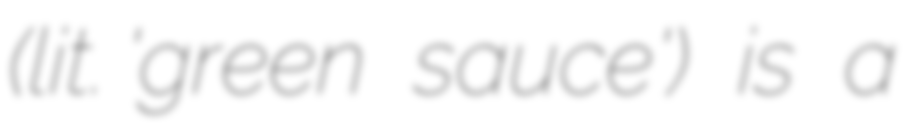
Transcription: (lit. 'green sauce') is a